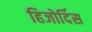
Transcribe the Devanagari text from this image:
हिजोर्दिस